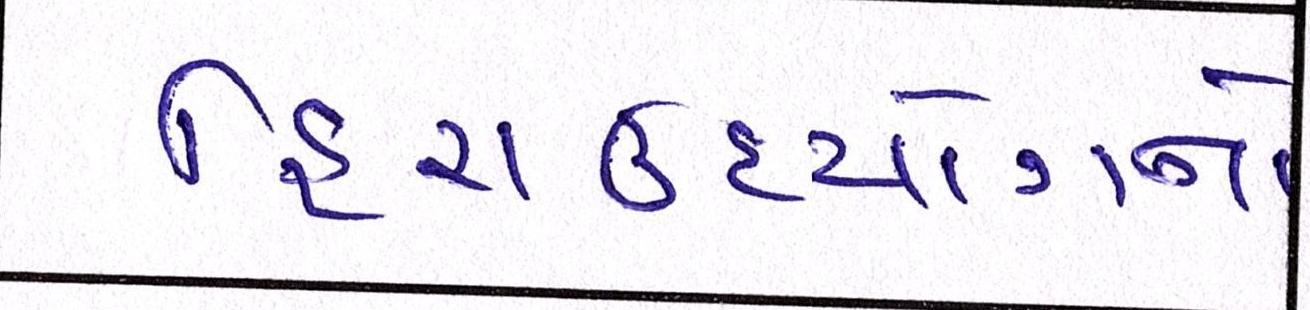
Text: હિરાઉદ્યોગનો